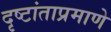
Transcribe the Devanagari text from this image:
दृष्टांताप्रमाणे